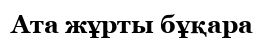
Ата жұрты бұқара